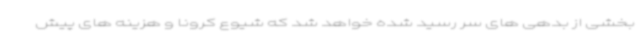
بخشی از بدهی های سر رسید شده خواهد شد که شیوع کرونا و هزینه های پیش